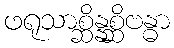
ဖရုသာစ္ဆိန္နစ္ဆိဗန္ဓာ